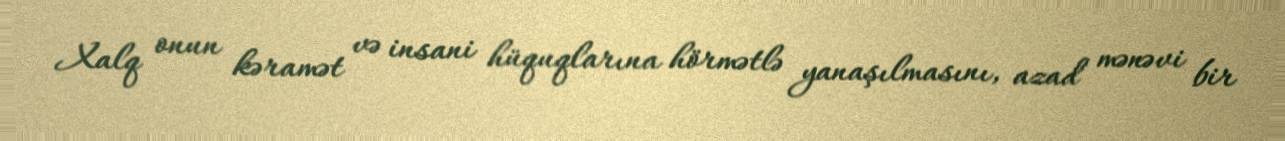
Xalq onun kəramət və insani hüquqlarına hörmətlə yanaşılmasını, azad mənəvi bir